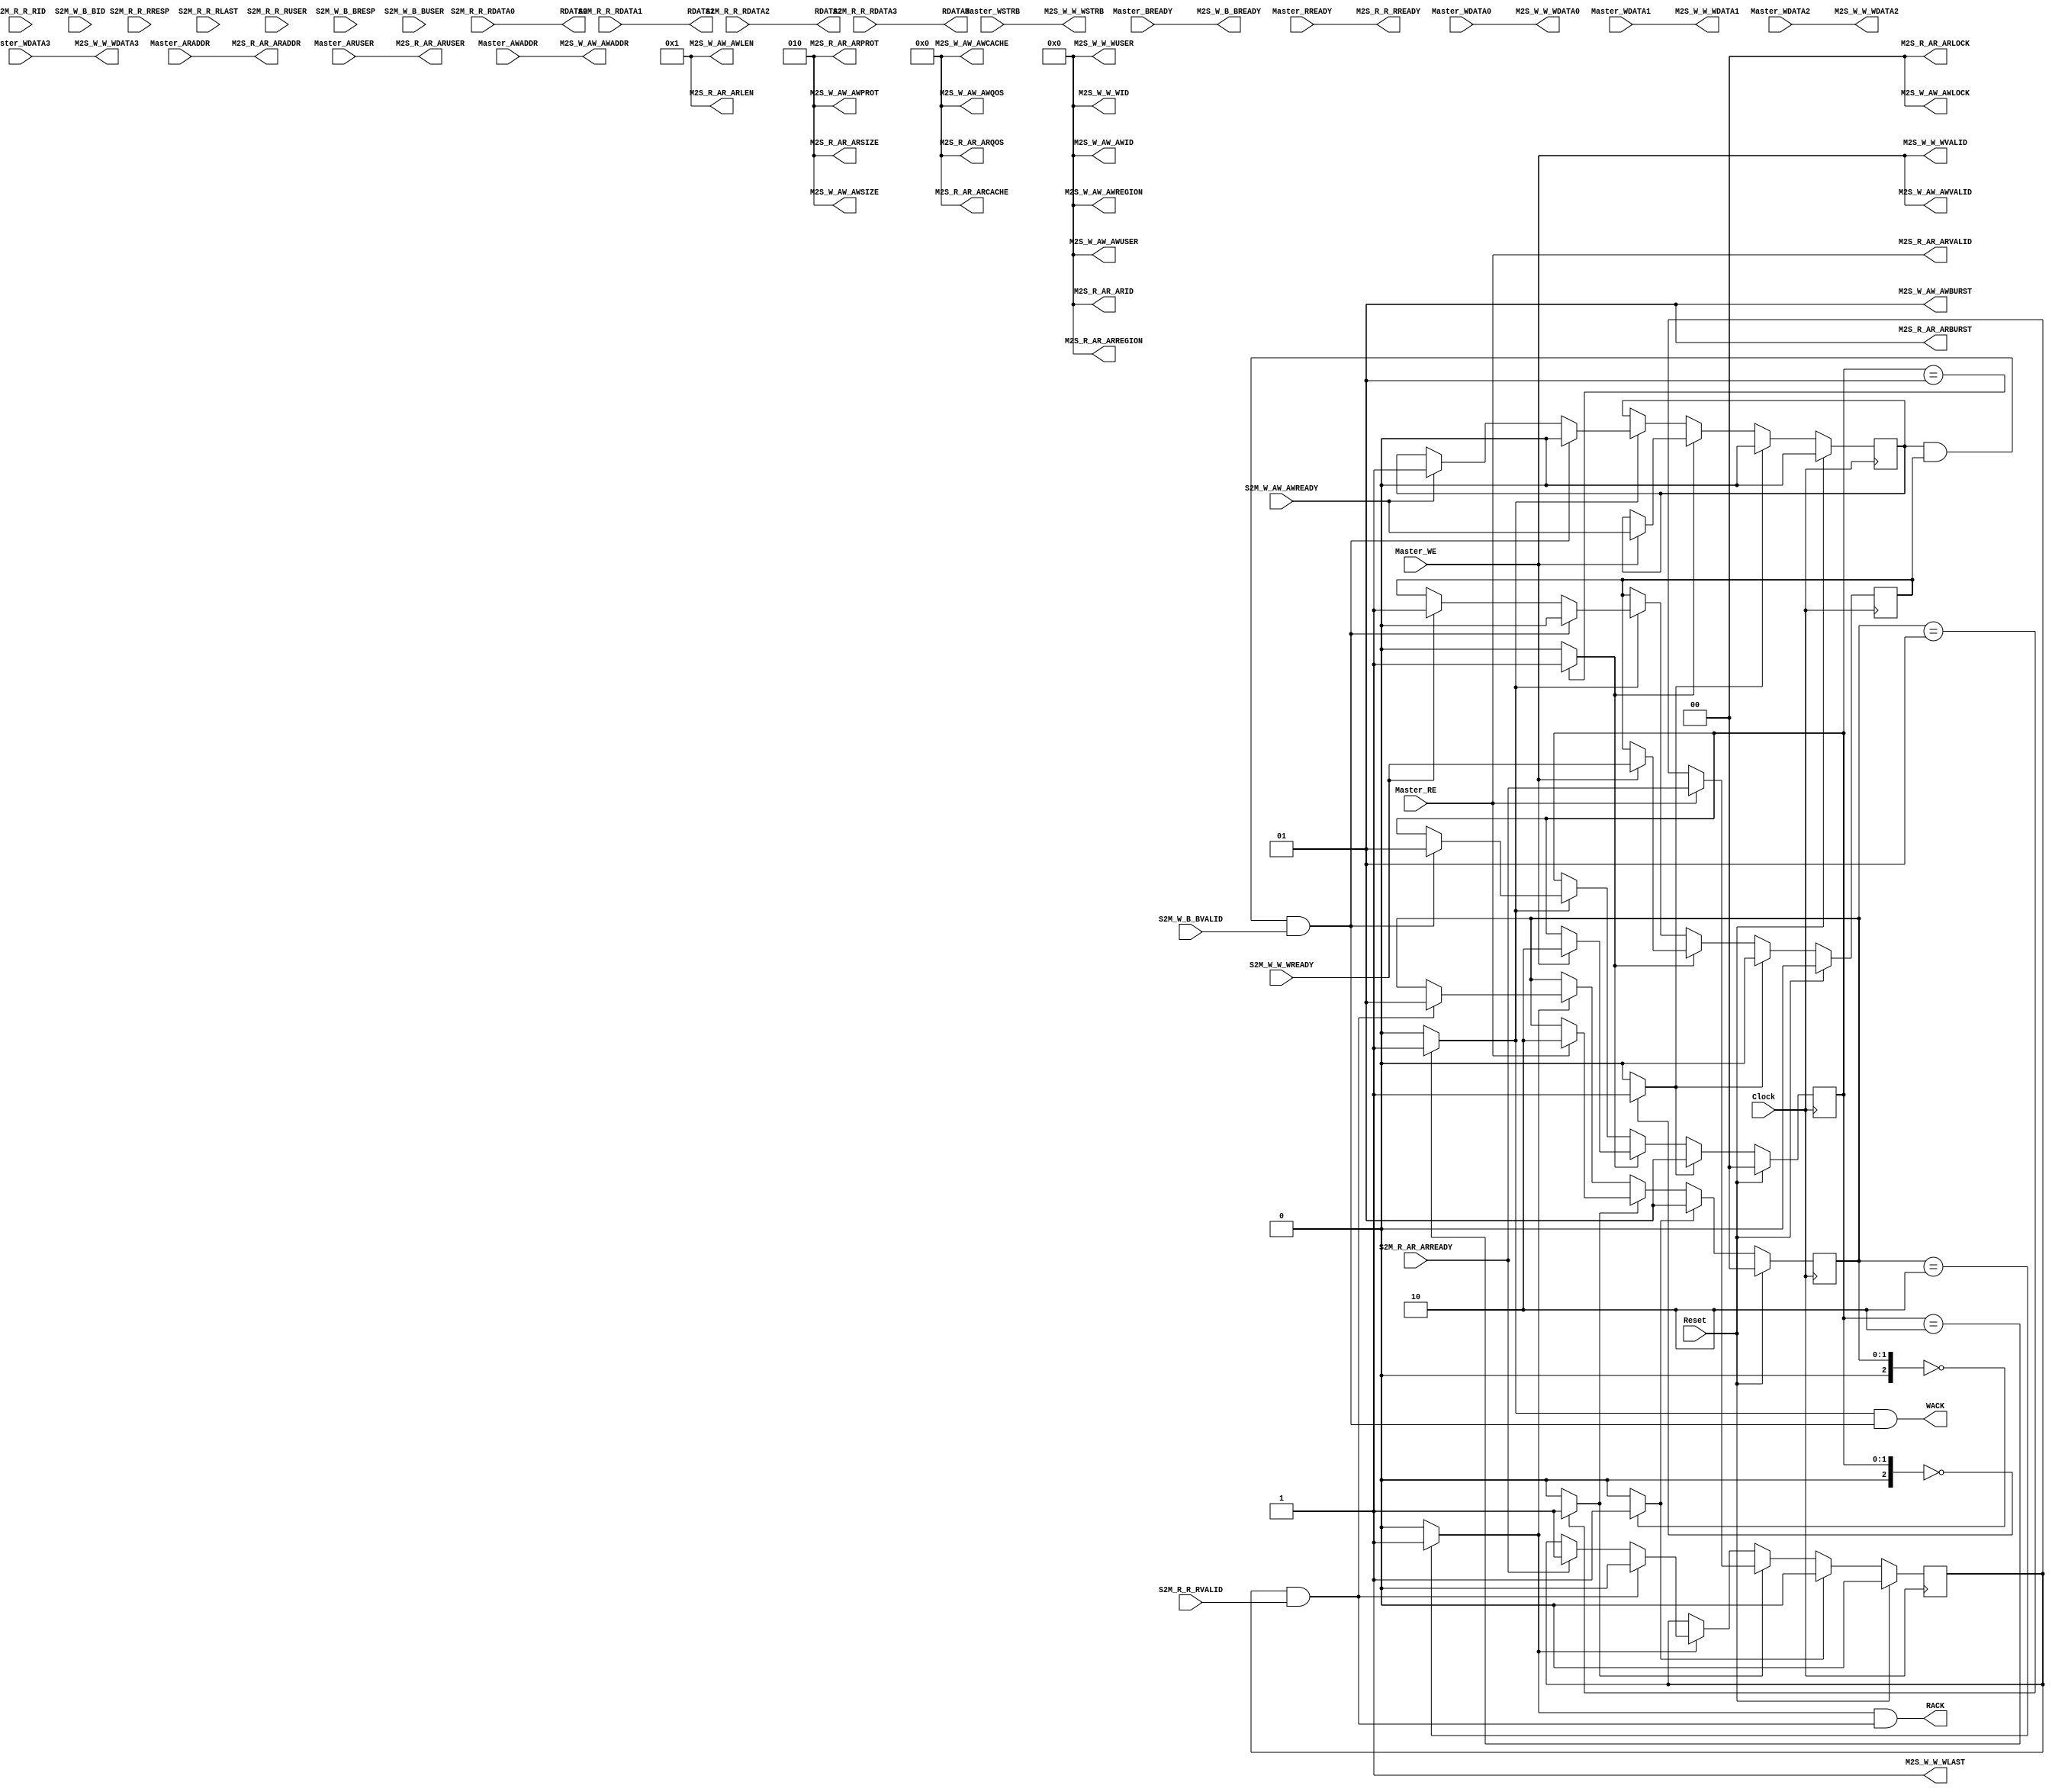
`timescale 1ns/1ps
`default_nettype none
// PLEASE READ THIS, IT MAY SAVE YOU SOME TIME AND MONEY, THANK YOU!
// * This file was generated by Quokka FPGA Toolkit.
// * Generated code is your property, do whatever you want with it
// * Place custom code between [BEGIN USER ***] and [END USER ***].
// * CAUTION: All code outside of [USER] scope is subject to regeneration.
// * Bad things happen sometimes in developer's life,
//   it is recommended to use source control management software (e.g. git, bzr etc) to keep your custom code safe'n'sound.
// * Internal structure of code is subject to change.
//   You can use some of signals in custom code, but most likely they will not exist in future (e.g. will get shorter or gone completely)
// * Please send your feedback, comments, improvement ideas etc. to evmuryshkin@gmail.com
// * Visit https://github.com/EvgenyMuryshkin/QuokkaEvaluation to access latest version of playground
//
// DISCLAIMER:
//   Code comes AS-IS, it is your responsibility to make sure it is working as expected
//   no responsibility will be taken for any loss or damage caused by use of Quokka toolkit.
//
// System configuration name is AXI4MasterModuleB4_TopLevel, clock frequency is 1Hz, Top-level
// FSM summary
// -- Packages
module AXI4MasterModuleB4_TopLevel
(
	// [BEGIN USER PORTS]
	// [END USER PORTS]
	input wire Clock,
	input wire Reset,
	input wire [31:0] Master_ARADDR,
	input wire [7:0] Master_ARUSER,
	input wire [31:0] Master_AWADDR,
	input wire Master_BREADY,
	input wire Master_RE,
	input wire Master_RREADY,
	input wire [7:0] Master_WDATA0,
	input wire [7:0] Master_WDATA1,
	input wire [7:0] Master_WDATA2,
	input wire [7:0] Master_WDATA3,
	input wire Master_WE,
	input wire [3:0] Master_WSTRB,
	input wire S2M_R_AR_ARREADY,
	input wire [7:0] S2M_R_R_RID,
	input wire [7:0] S2M_R_R_RDATA0,
	input wire [7:0] S2M_R_R_RDATA1,
	input wire [7:0] S2M_R_R_RDATA2,
	input wire [7:0] S2M_R_R_RDATA3,
	input wire [1:0] S2M_R_R_RRESP,
	input wire S2M_R_R_RLAST,
	input wire [7:0] S2M_R_R_RUSER,
	input wire S2M_R_R_RVALID,
	input wire S2M_W_AW_AWREADY,
	input wire [7:0] S2M_W_B_BID,
	input wire [1:0] S2M_W_B_BRESP,
	input wire [7:0] S2M_W_B_BUSER,
	input wire S2M_W_B_BVALID,
	input wire S2M_W_W_WREADY,
	output wire [7:0] M2S_R_AR_ARID,
	output wire [31:0] M2S_R_AR_ARADDR,
	output wire [7:0] M2S_R_AR_ARLEN,
	output wire [2:0] M2S_R_AR_ARSIZE,
	output wire [1:0] M2S_R_AR_ARBURST,
	output wire [1:0] M2S_R_AR_ARLOCK,
	output wire [3:0] M2S_R_AR_ARCACHE,
	output wire [2:0] M2S_R_AR_ARPROT,
	output wire [3:0] M2S_R_AR_ARQOS,
	output wire [7:0] M2S_R_AR_ARREGION,
	output wire [7:0] M2S_R_AR_ARUSER,
	output wire M2S_R_AR_ARVALID,
	output wire M2S_R_R_RREADY,
	output wire [7:0] M2S_W_AW_AWID,
	output wire [31:0] M2S_W_AW_AWADDR,
	output wire [7:0] M2S_W_AW_AWLEN,
	output wire [2:0] M2S_W_AW_AWSIZE,
	output wire [1:0] M2S_W_AW_AWBURST,
	output wire [1:0] M2S_W_AW_AWLOCK,
	output wire [3:0] M2S_W_AW_AWCACHE,
	output wire [2:0] M2S_W_AW_AWPROT,
	output wire [3:0] M2S_W_AW_AWQOS,
	output wire [7:0] M2S_W_AW_AWREGION,
	output wire [7:0] M2S_W_AW_AWUSER,
	output wire M2S_W_AW_AWVALID,
	output wire [7:0] M2S_W_W_WID,
	output wire [7:0] M2S_W_W_WDATA0,
	output wire [7:0] M2S_W_W_WDATA1,
	output wire [7:0] M2S_W_W_WDATA2,
	output wire [7:0] M2S_W_W_WDATA3,
	output wire [3:0] M2S_W_W_WSTRB,
	output wire M2S_W_W_WLAST,
	output wire [7:0] M2S_W_W_WUSER,
	output wire M2S_W_W_WVALID,
	output wire M2S_W_B_BREADY,
	output wire RACK,
	output wire [7:0] RDATA0,
	output wire [7:0] RDATA1,
	output wire [7:0] RDATA2,
	output wire [7:0] RDATA3,
	output wire WACK
);
	// [BEGIN USER SIGNALS]
	// [END USER SIGNALS]
	localparam HiSignal = 1'b1;
	localparam LoSignal = 1'b0;
	wire Zero = 1'b0;
	wire One = 1'b1;
	wire true = 1'b1;
	wire false = 1'b0;
	wire [1: 0] size = 2'b10;
	wire [1: 0] AXI4MasterModule_L128F9L185T10_AXI4MasterModule_L129F13L153T14_AXI4MasterModule_L131F22T44_Expr = 2'b00;
	wire [1: 0] AXI4MasterModule_L128F9L185T10_AXI4MasterModule_L129F13L153T14_AXI4MasterModule_L132F21T32_AXI4MasterModule_L115F9L118T10_AXI4MasterModule_L116F33T54_Expr = 2'b01;
	wire AXI4MasterModule_L128F9L185T10_AXI4MasterModule_L129F13L153T14_AXI4MasterModule_L132F21T32_AXI4MasterModule_L115F9L118T10_AXI4MasterModule_L117F36T41_Expr = 1'b0;
	wire [1: 0] AXI4MasterModule_L128F9L185T10_AXI4MasterModule_L129F13L153T14_AXI4MasterModule_L134F22T43_Expr = 2'b01;
	wire [1: 0] AXI4MasterModule_L128F9L185T10_AXI4MasterModule_L129F13L153T14_AXI4MasterModule_L136F21L139T22_AXI4MasterModule_L137F45T64_Expr = 2'b10;
	wire [1: 0] AXI4MasterModule_L128F9L185T10_AXI4MasterModule_L129F13L153T14_AXI4MasterModule_L141F22T41_Expr = 2'b10;
	wire AXI4MasterModule_L128F9L185T10_AXI4MasterModule_L129F13L153T14_AXI4MasterModule_L143F21L145T22_AXI4MasterModule_L144F48T52_Expr = 1'b1;
	wire [1: 0] AXI4MasterModule_L128F9L185T10_AXI4MasterModule_L129F13L153T14_AXI4MasterModule_L148F21L150T22_AXI4MasterModule_L149F25T36_AXI4MasterModule_L115F9L118T10_AXI4MasterModule_L116F33T54_Expr = 2'b01;
	wire AXI4MasterModule_L128F9L185T10_AXI4MasterModule_L129F13L153T14_AXI4MasterModule_L148F21L150T22_AXI4MasterModule_L149F25T36_AXI4MasterModule_L115F9L118T10_AXI4MasterModule_L117F36T41_Expr = 1'b0;
	wire [1: 0] AXI4MasterModule_L128F9L185T10_AXI4MasterModule_L155F13L184T14_AXI4MasterModule_L157F22T45_Expr = 2'b00;
	wire [1: 0] AXI4MasterModule_L128F9L185T10_AXI4MasterModule_L155F13L184T14_AXI4MasterModule_L158F21T33_AXI4MasterModule_L121F9L125T10_AXI4MasterModule_L122F34T56_Expr = 2'b01;
	wire AXI4MasterModule_L128F9L185T10_AXI4MasterModule_L155F13L184T14_AXI4MasterModule_L158F21T33_AXI4MasterModule_L121F9L125T10_AXI4MasterModule_L123F36T41_Expr = 1'b0;
	wire AXI4MasterModule_L128F9L185T10_AXI4MasterModule_L155F13L184T14_AXI4MasterModule_L158F21T33_AXI4MasterModule_L121F9L125T10_AXI4MasterModule_L124F35T40_Expr = 1'b0;
	wire [1: 0] AXI4MasterModule_L128F9L185T10_AXI4MasterModule_L155F13L184T14_AXI4MasterModule_L160F22T44_Expr = 2'b01;
	wire [1: 0] AXI4MasterModule_L128F9L185T10_AXI4MasterModule_L155F13L184T14_AXI4MasterModule_L162F21L166T22_AXI4MasterModule_L163F46T66_Expr = 2'b10;
	wire [1: 0] AXI4MasterModule_L128F9L185T10_AXI4MasterModule_L155F13L184T14_AXI4MasterModule_L168F22T42_Expr = 2'b10;
	wire AXI4MasterModule_L128F9L185T10_AXI4MasterModule_L155F13L184T14_AXI4MasterModule_L170F21L172T22_AXI4MasterModule_L171F48T52_Expr = 1'b1;
	wire AXI4MasterModule_L128F9L185T10_AXI4MasterModule_L155F13L184T14_AXI4MasterModule_L175F21L177T22_AXI4MasterModule_L176F47T51_Expr = 1'b1;
	wire [1: 0] AXI4MasterModule_L128F9L185T10_AXI4MasterModule_L155F13L184T14_AXI4MasterModule_L180F21L182T22_AXI4MasterModule_L181F25T37_AXI4MasterModule_L121F9L125T10_AXI4MasterModule_L122F34T56_Expr = 2'b01;
	wire AXI4MasterModule_L128F9L185T10_AXI4MasterModule_L155F13L184T14_AXI4MasterModule_L180F21L182T22_AXI4MasterModule_L181F25T37_AXI4MasterModule_L121F9L125T10_AXI4MasterModule_L123F36T41_Expr = 1'b0;
	wire AXI4MasterModule_L128F9L185T10_AXI4MasterModule_L155F13L184T14_AXI4MasterModule_L180F21L182T22_AXI4MasterModule_L181F25T37_AXI4MasterModule_L121F9L125T10_AXI4MasterModule_L124F35T40_Expr = 1'b0;
	wire AXI4_M_AR_L18F28T29_Expr = 1'b0;
	wire AXI4_M_AR_L24F29T30_Expr = 1'b1;
	wire [2: 0] AXI4_M_AR_L27F33T43_Expr = 3'b010;
	wire [1: 0] AXI4_M_AR_L30F35T48_Expr = 2'b01;
	wire [1: 0] AXI4_M_AR_L33F33T47_Expr = 2'b00;
	wire [3: 0] AXI4_M_AR_L36F35T63_Expr = 4'b0000;
	wire [2: 0] AXI4_M_AR_L39F33T66_Expr = 3'b010;
	wire [3: 0] AXI4_M_AR_L42F31T44_Expr = 4'b0000;
	wire AXI4_M_AR_L45F32T33_Expr = 1'b0;
	wire AXI4_M_AW_L17F28T29_Expr = 1'b0;
	wire AXI4_M_AW_L23F29T30_Expr = 1'b1;
	wire [2: 0] AXI4_M_AW_L26F33T43_Expr = 3'b010;
	wire [1: 0] AXI4_M_AW_L29F35T48_Expr = 2'b01;
	wire [1: 0] AXI4_M_AW_L32F33T47_Expr = 2'b00;
	wire [3: 0] AXI4_M_AW_L35F35T63_Expr = 4'b0000;
	wire [2: 0] AXI4_M_AW_L38F33T66_Expr = 3'b010;
	wire [3: 0] AXI4_M_AW_L41F31T44_Expr = 4'b0000;
	wire AXI4_M_AW_L44F32T33_Expr = 1'b0;
	wire AXI4_M_AW_L47F30T31_Expr = 1'b0;
	wire AXI4MasterModule_L102F27T28_Expr = 1'b0;
	wire AXI4_M_W_L24F29T33_Expr = 1'b1;
	wire AXI4_M_W_L27F29T30_Expr = 1'b0;
	wire [1: 0] AXI4MasterModule_L73F46T65_Expr = 2'b10;
	wire [1: 0] AXI4MasterModule_L76F47T67_Expr = 2'b10;
	wire [31: 0] Inputs_Master_ARADDR;
	wire [7: 0] Inputs_Master_ARUSER;
	wire [31: 0] Inputs_Master_AWADDR;
	wire Inputs_Master_BREADY;
	wire Inputs_Master_RE;
	wire Inputs_Master_RREADY;
	wire Inputs_Master_WE;
	wire [3: 0] Inputs_Master_WSTRB;
	wire Inputs_S2M_R_AR_ARREADY;
	wire [7: 0] Inputs_S2M_R_R_RID;
	wire [1: 0] Inputs_S2M_R_R_RRESP;
	wire Inputs_S2M_R_R_RLAST;
	wire [7: 0] Inputs_S2M_R_R_RUSER;
	wire Inputs_S2M_R_R_RVALID;
	wire Inputs_S2M_W_AW_AWREADY;
	wire [7: 0] Inputs_S2M_W_B_BID;
	wire [1: 0] Inputs_S2M_W_B_BRESP;
	wire [7: 0] Inputs_S2M_W_B_BUSER;
	wire Inputs_S2M_W_B_BVALID;
	wire Inputs_S2M_W_W_WREADY;
	reg NextState_ARREADYACK;
	reg NextState_AWREADYACK;
	reg [1: 0] NextState_readFSM;
	reg NextState_WREADYACK;
	reg [1: 0] NextState_writeFSM;
	wire readAck;
	wire writeAck;
	reg State_ARREADYACK = 1'b0;
	wire State_ARREADYACKDefault = 1'b0;
	reg State_AWREADYACK = 1'b0;
	wire State_AWREADYACKDefault = 1'b0;
	reg [1: 0] State_readFSM = 2'b00;
	wire [1: 0] State_readFSMDefault = 2'b00;
	reg State_WREADYACK = 1'b0;
	wire State_WREADYACKDefault = 1'b0;
	reg [1: 0] State_writeFSM = 2'b00;
	wire [1: 0] State_writeFSMDefault = 2'b00;
	wire AXI4MasterModule_L70F25T66_Expr;
	wire AXI4MasterModule_L70F25T66_Expr_1;
	wire AXI4MasterModule_L70F25T66_Expr_2;
	wire AXI4MasterModule_L71F26T86_Expr;
	wire AXI4MasterModule_L71F26T86_Expr_1;
	wire AXI4MasterModule_L71F26T86_Expr_2;
	wire AXI4MasterModule_L71F26T61_Expr;
	wire AXI4MasterModule_L71F26T61_Expr_1;
	wire AXI4MasterModule_L71F26T61_Expr_2;
	wire AXI4MasterModule_L73F29T76_Expr;
	wire AXI4MasterModule_L73F29T76_Expr_1;
	wire AXI4MasterModule_L73F29T76_Expr_2;
	wire AXI4MasterModule_L76F29T79_Expr;
	wire AXI4MasterModule_L76F29T79_Expr_1;
	wire AXI4MasterModule_L76F29T79_Expr_2;
	wire AXI4MasterModule_L128F9L185T10_AXI4MasterModule_L129F13L153T14_AXI4MasterModule_L131F17L133T27_Case;
	wire signed [2: 0] AXI4MasterModule_L128F9L185T10_AXI4MasterModule_L129F13L153T14_AXI4MasterModule_L131F17L133T27_CaseLhs;
	wire signed [2: 0] AXI4MasterModule_L128F9L185T10_AXI4MasterModule_L129F13L153T14_AXI4MasterModule_L131F17L133T27_CaseRhs;
	wire AXI4MasterModule_L128F9L185T10_AXI4MasterModule_L129F13L153T14_AXI4MasterModule_L134F17L140T27_Case;
	wire signed [2: 0] AXI4MasterModule_L128F9L185T10_AXI4MasterModule_L129F13L153T14_AXI4MasterModule_L134F17L140T27_CaseLhs;
	wire signed [2: 0] AXI4MasterModule_L128F9L185T10_AXI4MasterModule_L129F13L153T14_AXI4MasterModule_L134F17L140T27_CaseRhs;
	wire AXI4MasterModule_L128F9L185T10_AXI4MasterModule_L129F13L153T14_AXI4MasterModule_L141F17L152T27_Case;
	wire signed [2: 0] AXI4MasterModule_L128F9L185T10_AXI4MasterModule_L129F13L153T14_AXI4MasterModule_L141F17L152T27_CaseLhs;
	wire signed [2: 0] AXI4MasterModule_L128F9L185T10_AXI4MasterModule_L129F13L153T14_AXI4MasterModule_L141F17L152T27_CaseRhs;
	wire AXI4MasterModule_L128F9L185T10_AXI4MasterModule_L155F13L184T14_AXI4MasterModule_L157F17L159T27_Case;
	wire signed [2: 0] AXI4MasterModule_L128F9L185T10_AXI4MasterModule_L155F13L184T14_AXI4MasterModule_L157F17L159T27_CaseLhs;
	wire signed [2: 0] AXI4MasterModule_L128F9L185T10_AXI4MasterModule_L155F13L184T14_AXI4MasterModule_L157F17L159T27_CaseRhs;
	wire AXI4MasterModule_L128F9L185T10_AXI4MasterModule_L155F13L184T14_AXI4MasterModule_L160F17L167T27_Case;
	wire signed [2: 0] AXI4MasterModule_L128F9L185T10_AXI4MasterModule_L155F13L184T14_AXI4MasterModule_L160F17L167T27_CaseLhs;
	wire signed [2: 0] AXI4MasterModule_L128F9L185T10_AXI4MasterModule_L155F13L184T14_AXI4MasterModule_L160F17L167T27_CaseRhs;
	wire AXI4MasterModule_L128F9L185T10_AXI4MasterModule_L155F13L184T14_AXI4MasterModule_L168F17L183T27_Case;
	wire signed [2: 0] AXI4MasterModule_L128F9L185T10_AXI4MasterModule_L155F13L184T14_AXI4MasterModule_L168F17L183T27_CaseLhs;
	wire signed [2: 0] AXI4MasterModule_L128F9L185T10_AXI4MasterModule_L155F13L184T14_AXI4MasterModule_L168F17L183T27_CaseRhs;
	wire AXI4MasterModule_L73F29T65_Expr;
	wire signed [2: 0] AXI4MasterModule_L73F29T65_ExprLhs;
	wire signed [2: 0] AXI4MasterModule_L73F29T65_ExprRhs;
	wire AXI4MasterModule_L76F29T67_Expr;
	wire signed [2: 0] AXI4MasterModule_L76F29T67_ExprLhs;
	wire signed [2: 0] AXI4MasterModule_L76F29T67_ExprRhs;
	wire [7 : 0] Inputs_Master_WDATA [0 : 3];
	wire [7 : 0] Inputs_S2M_R_R_RDATA [0 : 3];
	always @ (posedge Clock)
	begin
		if ((Reset == 1))
		begin
			State_ARREADYACK <= State_ARREADYACKDefault;
			State_AWREADYACK <= State_AWREADYACKDefault;
			State_readFSM <= State_readFSMDefault;
			State_WREADYACK <= State_WREADYACKDefault;
			State_writeFSM <= State_writeFSMDefault;
		end
		else
		begin
			State_ARREADYACK <= NextState_ARREADYACK;
			State_AWREADYACK <= NextState_AWREADYACK;
			State_readFSM <= NextState_readFSM;
			State_WREADYACK <= NextState_WREADYACK;
			State_writeFSM <= NextState_writeFSM;
		end
	end
	assign AXI4MasterModule_L128F9L185T10_AXI4MasterModule_L129F13L153T14_AXI4MasterModule_L131F17L133T27_Case = AXI4MasterModule_L128F9L185T10_AXI4MasterModule_L129F13L153T14_AXI4MasterModule_L131F17L133T27_CaseLhs == AXI4MasterModule_L128F9L185T10_AXI4MasterModule_L129F13L153T14_AXI4MasterModule_L131F17L133T27_CaseRhs ? 1'b1 : 1'b0;
	assign AXI4MasterModule_L128F9L185T10_AXI4MasterModule_L129F13L153T14_AXI4MasterModule_L134F17L140T27_Case = AXI4MasterModule_L128F9L185T10_AXI4MasterModule_L129F13L153T14_AXI4MasterModule_L134F17L140T27_CaseLhs == AXI4MasterModule_L128F9L185T10_AXI4MasterModule_L129F13L153T14_AXI4MasterModule_L134F17L140T27_CaseRhs ? 1'b1 : 1'b0;
	assign AXI4MasterModule_L128F9L185T10_AXI4MasterModule_L129F13L153T14_AXI4MasterModule_L141F17L152T27_Case = AXI4MasterModule_L128F9L185T10_AXI4MasterModule_L129F13L153T14_AXI4MasterModule_L141F17L152T27_CaseLhs == AXI4MasterModule_L128F9L185T10_AXI4MasterModule_L129F13L153T14_AXI4MasterModule_L141F17L152T27_CaseRhs ? 1'b1 : 1'b0;
	assign AXI4MasterModule_L128F9L185T10_AXI4MasterModule_L155F13L184T14_AXI4MasterModule_L157F17L159T27_Case = AXI4MasterModule_L128F9L185T10_AXI4MasterModule_L155F13L184T14_AXI4MasterModule_L157F17L159T27_CaseLhs == AXI4MasterModule_L128F9L185T10_AXI4MasterModule_L155F13L184T14_AXI4MasterModule_L157F17L159T27_CaseRhs ? 1'b1 : 1'b0;
	assign AXI4MasterModule_L128F9L185T10_AXI4MasterModule_L155F13L184T14_AXI4MasterModule_L160F17L167T27_Case = AXI4MasterModule_L128F9L185T10_AXI4MasterModule_L155F13L184T14_AXI4MasterModule_L160F17L167T27_CaseLhs == AXI4MasterModule_L128F9L185T10_AXI4MasterModule_L155F13L184T14_AXI4MasterModule_L160F17L167T27_CaseRhs ? 1'b1 : 1'b0;
	assign AXI4MasterModule_L128F9L185T10_AXI4MasterModule_L155F13L184T14_AXI4MasterModule_L168F17L183T27_Case = AXI4MasterModule_L128F9L185T10_AXI4MasterModule_L155F13L184T14_AXI4MasterModule_L168F17L183T27_CaseLhs == AXI4MasterModule_L128F9L185T10_AXI4MasterModule_L155F13L184T14_AXI4MasterModule_L168F17L183T27_CaseRhs ? 1'b1 : 1'b0;
	assign AXI4MasterModule_L73F29T65_Expr = AXI4MasterModule_L73F29T65_ExprLhs == AXI4MasterModule_L73F29T65_ExprRhs ? 1'b1 : 1'b0;
	assign AXI4MasterModule_L76F29T67_Expr = AXI4MasterModule_L76F29T67_ExprLhs == AXI4MasterModule_L76F29T67_ExprRhs ? 1'b1 : 1'b0;
	assign AXI4MasterModule_L70F25T66_Expr = AXI4MasterModule_L70F25T66_Expr_1 & AXI4MasterModule_L70F25T66_Expr_2;
	assign AXI4MasterModule_L71F26T86_Expr = AXI4MasterModule_L71F26T86_Expr_1 & AXI4MasterModule_L71F26T86_Expr_2;
	assign AXI4MasterModule_L71F26T61_Expr = AXI4MasterModule_L71F26T61_Expr_1 & AXI4MasterModule_L71F26T61_Expr_2;
	assign AXI4MasterModule_L73F29T76_Expr = AXI4MasterModule_L73F29T76_Expr_1 & AXI4MasterModule_L73F29T76_Expr_2;
	assign AXI4MasterModule_L76F29T79_Expr = AXI4MasterModule_L76F29T79_Expr_1 & AXI4MasterModule_L76F29T79_Expr_2;
	always @ (*)
	begin
		NextState_ARREADYACK = State_ARREADYACK;
		NextState_AWREADYACK = State_AWREADYACK;
		NextState_readFSM = State_readFSM;
		NextState_WREADYACK = State_WREADYACK;
		NextState_writeFSM = State_writeFSM;
		if ((AXI4MasterModule_L128F9L185T10_AXI4MasterModule_L129F13L153T14_AXI4MasterModule_L131F17L133T27_Case == 1))
		begin
			NextState_readFSM = AXI4MasterModule_L128F9L185T10_AXI4MasterModule_L129F13L153T14_AXI4MasterModule_L132F21T32_AXI4MasterModule_L115F9L118T10_AXI4MasterModule_L116F33T54_Expr;
			NextState_ARREADYACK = AXI4MasterModule_L128F9L185T10_AXI4MasterModule_L129F13L153T14_AXI4MasterModule_L132F21T32_AXI4MasterModule_L115F9L118T10_AXI4MasterModule_L117F36T41_Expr;
		end
		else if ((AXI4MasterModule_L128F9L185T10_AXI4MasterModule_L129F13L153T14_AXI4MasterModule_L134F17L140T27_Case == 1))
		begin
			if ((Inputs_Master_RE == 1))
			begin
				NextState_readFSM = AXI4MasterModule_L128F9L185T10_AXI4MasterModule_L129F13L153T14_AXI4MasterModule_L136F21L139T22_AXI4MasterModule_L137F45T64_Expr;
				NextState_ARREADYACK = Inputs_S2M_R_AR_ARREADY;
			end
		end
		else if ((AXI4MasterModule_L128F9L185T10_AXI4MasterModule_L129F13L153T14_AXI4MasterModule_L141F17L152T27_Case == 1))
		begin
			if ((Inputs_S2M_R_AR_ARREADY == 1))
			begin
				NextState_ARREADYACK = AXI4MasterModule_L128F9L185T10_AXI4MasterModule_L129F13L153T14_AXI4MasterModule_L143F21L145T22_AXI4MasterModule_L144F48T52_Expr;
			end
			if ((readAck == 1))
			begin
				NextState_readFSM = AXI4MasterModule_L128F9L185T10_AXI4MasterModule_L129F13L153T14_AXI4MasterModule_L148F21L150T22_AXI4MasterModule_L149F25T36_AXI4MasterModule_L115F9L118T10_AXI4MasterModule_L116F33T54_Expr;
				NextState_ARREADYACK = AXI4MasterModule_L128F9L185T10_AXI4MasterModule_L129F13L153T14_AXI4MasterModule_L148F21L150T22_AXI4MasterModule_L149F25T36_AXI4MasterModule_L115F9L118T10_AXI4MasterModule_L117F36T41_Expr;
			end
		end
		if ((AXI4MasterModule_L128F9L185T10_AXI4MasterModule_L155F13L184T14_AXI4MasterModule_L157F17L159T27_Case == 1))
		begin
			NextState_writeFSM = AXI4MasterModule_L128F9L185T10_AXI4MasterModule_L155F13L184T14_AXI4MasterModule_L158F21T33_AXI4MasterModule_L121F9L125T10_AXI4MasterModule_L122F34T56_Expr;
			NextState_AWREADYACK = AXI4MasterModule_L128F9L185T10_AXI4MasterModule_L155F13L184T14_AXI4MasterModule_L158F21T33_AXI4MasterModule_L121F9L125T10_AXI4MasterModule_L123F36T41_Expr;
			NextState_WREADYACK = AXI4MasterModule_L128F9L185T10_AXI4MasterModule_L155F13L184T14_AXI4MasterModule_L158F21T33_AXI4MasterModule_L121F9L125T10_AXI4MasterModule_L124F35T40_Expr;
		end
		else if ((AXI4MasterModule_L128F9L185T10_AXI4MasterModule_L155F13L184T14_AXI4MasterModule_L160F17L167T27_Case == 1))
		begin
			if ((Inputs_Master_WE == 1))
			begin
				NextState_writeFSM = AXI4MasterModule_L128F9L185T10_AXI4MasterModule_L155F13L184T14_AXI4MasterModule_L162F21L166T22_AXI4MasterModule_L163F46T66_Expr;
				NextState_AWREADYACK = Inputs_S2M_W_AW_AWREADY;
				NextState_WREADYACK = Inputs_S2M_W_W_WREADY;
			end
		end
		else if ((AXI4MasterModule_L128F9L185T10_AXI4MasterModule_L155F13L184T14_AXI4MasterModule_L168F17L183T27_Case == 1))
		begin
			if ((Inputs_S2M_W_AW_AWREADY == 1))
			begin
				NextState_AWREADYACK = AXI4MasterModule_L128F9L185T10_AXI4MasterModule_L155F13L184T14_AXI4MasterModule_L170F21L172T22_AXI4MasterModule_L171F48T52_Expr;
			end
			if ((Inputs_S2M_W_W_WREADY == 1))
			begin
				NextState_WREADYACK = AXI4MasterModule_L128F9L185T10_AXI4MasterModule_L155F13L184T14_AXI4MasterModule_L175F21L177T22_AXI4MasterModule_L176F47T51_Expr;
			end
			if ((writeAck == 1))
			begin
				NextState_writeFSM = AXI4MasterModule_L128F9L185T10_AXI4MasterModule_L155F13L184T14_AXI4MasterModule_L180F21L182T22_AXI4MasterModule_L181F25T37_AXI4MasterModule_L121F9L125T10_AXI4MasterModule_L122F34T56_Expr;
				NextState_AWREADYACK = AXI4MasterModule_L128F9L185T10_AXI4MasterModule_L155F13L184T14_AXI4MasterModule_L180F21L182T22_AXI4MasterModule_L181F25T37_AXI4MasterModule_L121F9L125T10_AXI4MasterModule_L123F36T41_Expr;
				NextState_WREADYACK = AXI4MasterModule_L128F9L185T10_AXI4MasterModule_L155F13L184T14_AXI4MasterModule_L180F21L182T22_AXI4MasterModule_L181F25T37_AXI4MasterModule_L121F9L125T10_AXI4MasterModule_L124F35T40_Expr;
			end
		end
	end
	assign AXI4MasterModule_L128F9L185T10_AXI4MasterModule_L129F13L153T14_AXI4MasterModule_L131F17L133T27_CaseLhs = {
		1'b0,
		State_readFSM
	}
	;
	assign AXI4MasterModule_L128F9L185T10_AXI4MasterModule_L129F13L153T14_AXI4MasterModule_L131F17L133T27_CaseRhs = {
		1'b0,
		AXI4MasterModule_L128F9L185T10_AXI4MasterModule_L129F13L153T14_AXI4MasterModule_L131F22T44_Expr
	}
	;
	assign AXI4MasterModule_L128F9L185T10_AXI4MasterModule_L129F13L153T14_AXI4MasterModule_L134F17L140T27_CaseLhs = {
		1'b0,
		State_readFSM
	}
	;
	assign AXI4MasterModule_L128F9L185T10_AXI4MasterModule_L129F13L153T14_AXI4MasterModule_L134F17L140T27_CaseRhs = {
		1'b0,
		AXI4MasterModule_L128F9L185T10_AXI4MasterModule_L129F13L153T14_AXI4MasterModule_L134F22T43_Expr
	}
	;
	assign AXI4MasterModule_L128F9L185T10_AXI4MasterModule_L129F13L153T14_AXI4MasterModule_L141F17L152T27_CaseLhs = {
		1'b0,
		State_readFSM
	}
	;
	assign AXI4MasterModule_L128F9L185T10_AXI4MasterModule_L129F13L153T14_AXI4MasterModule_L141F17L152T27_CaseRhs = {
		1'b0,
		AXI4MasterModule_L128F9L185T10_AXI4MasterModule_L129F13L153T14_AXI4MasterModule_L141F22T41_Expr
	}
	;
	assign AXI4MasterModule_L128F9L185T10_AXI4MasterModule_L155F13L184T14_AXI4MasterModule_L157F17L159T27_CaseLhs = {
		1'b0,
		State_writeFSM
	}
	;
	assign AXI4MasterModule_L128F9L185T10_AXI4MasterModule_L155F13L184T14_AXI4MasterModule_L157F17L159T27_CaseRhs = {
		1'b0,
		AXI4MasterModule_L128F9L185T10_AXI4MasterModule_L155F13L184T14_AXI4MasterModule_L157F22T45_Expr
	}
	;
	assign AXI4MasterModule_L128F9L185T10_AXI4MasterModule_L155F13L184T14_AXI4MasterModule_L160F17L167T27_CaseLhs = {
		1'b0,
		State_writeFSM
	}
	;
	assign AXI4MasterModule_L128F9L185T10_AXI4MasterModule_L155F13L184T14_AXI4MasterModule_L160F17L167T27_CaseRhs = {
		1'b0,
		AXI4MasterModule_L128F9L185T10_AXI4MasterModule_L155F13L184T14_AXI4MasterModule_L160F22T44_Expr
	}
	;
	assign AXI4MasterModule_L128F9L185T10_AXI4MasterModule_L155F13L184T14_AXI4MasterModule_L168F17L183T27_CaseLhs = {
		1'b0,
		State_writeFSM
	}
	;
	assign AXI4MasterModule_L128F9L185T10_AXI4MasterModule_L155F13L184T14_AXI4MasterModule_L168F17L183T27_CaseRhs = {
		1'b0,
		AXI4MasterModule_L128F9L185T10_AXI4MasterModule_L155F13L184T14_AXI4MasterModule_L168F22T42_Expr
	}
	;
	assign AXI4MasterModule_L73F29T65_ExprLhs = {
		1'b0,
		State_readFSM
	}
	;
	assign AXI4MasterModule_L73F29T65_ExprRhs = {
		1'b0,
		AXI4MasterModule_L73F46T65_Expr
	}
	;
	assign AXI4MasterModule_L76F29T67_ExprLhs = {
		1'b0,
		State_writeFSM
	}
	;
	assign AXI4MasterModule_L76F29T67_ExprRhs = {
		1'b0,
		AXI4MasterModule_L76F47T67_Expr
	}
	;
	assign AXI4MasterModule_L70F25T66_Expr_1 = State_ARREADYACK;
	assign AXI4MasterModule_L70F25T66_Expr_2 = Inputs_S2M_R_R_RVALID;
	assign AXI4MasterModule_L71F26T86_Expr_1 = AXI4MasterModule_L71F26T61_Expr;
	assign AXI4MasterModule_L71F26T86_Expr_2 = Inputs_S2M_W_B_BVALID;
	assign AXI4MasterModule_L71F26T61_Expr_1 = State_AWREADYACK;
	assign AXI4MasterModule_L71F26T61_Expr_2 = State_WREADYACK;
	assign AXI4MasterModule_L73F29T76_Expr_1 = AXI4MasterModule_L73F29T65_Expr;
	assign AXI4MasterModule_L73F29T76_Expr_2 = readAck;
	assign AXI4MasterModule_L76F29T79_Expr_1 = AXI4MasterModule_L76F29T67_Expr;
	assign AXI4MasterModule_L76F29T79_Expr_2 = writeAck;
	assign Inputs_Master_ARADDR = Master_ARADDR;
	assign Inputs_Master_ARUSER = Master_ARUSER;
	assign Inputs_Master_AWADDR = Master_AWADDR;
	assign Inputs_Master_BREADY = Master_BREADY;
	assign Inputs_Master_RE = Master_RE;
	assign Inputs_Master_RREADY = Master_RREADY;
	assign Inputs_Master_WDATA[0] = Master_WDATA0;
	assign Inputs_Master_WDATA[1] = Master_WDATA1;
	assign Inputs_Master_WDATA[2] = Master_WDATA2;
	assign Inputs_Master_WDATA[3] = Master_WDATA3;
	assign Inputs_Master_WE = Master_WE;
	assign Inputs_Master_WSTRB = Master_WSTRB;
	assign Inputs_S2M_R_AR_ARREADY = S2M_R_AR_ARREADY;
	assign Inputs_S2M_R_R_RID = S2M_R_R_RID;
	assign Inputs_S2M_R_R_RDATA[0] = S2M_R_R_RDATA0;
	assign Inputs_S2M_R_R_RDATA[1] = S2M_R_R_RDATA1;
	assign Inputs_S2M_R_R_RDATA[2] = S2M_R_R_RDATA2;
	assign Inputs_S2M_R_R_RDATA[3] = S2M_R_R_RDATA3;
	assign Inputs_S2M_R_R_RRESP = S2M_R_R_RRESP;
	assign Inputs_S2M_R_R_RLAST = S2M_R_R_RLAST;
	assign Inputs_S2M_R_R_RUSER = S2M_R_R_RUSER;
	assign Inputs_S2M_R_R_RVALID = S2M_R_R_RVALID;
	assign Inputs_S2M_W_AW_AWREADY = S2M_W_AW_AWREADY;
	assign Inputs_S2M_W_B_BID = S2M_W_B_BID;
	assign Inputs_S2M_W_B_BRESP = S2M_W_B_BRESP;
	assign Inputs_S2M_W_B_BUSER = S2M_W_B_BUSER;
	assign Inputs_S2M_W_B_BVALID = S2M_W_B_BVALID;
	assign Inputs_S2M_W_W_WREADY = S2M_W_W_WREADY;
	assign readAck = AXI4MasterModule_L70F25T66_Expr;
	assign writeAck = AXI4MasterModule_L71F26T86_Expr;
	assign M2S_R_AR_ARID = {
		{7{1'b0}},
		AXI4_M_AR_L18F28T29_Expr
	}
	;
	assign M2S_R_AR_ARADDR = Inputs_Master_ARADDR;
	assign M2S_R_AR_ARLEN = {
		{7{1'b0}},
		AXI4_M_AR_L24F29T30_Expr
	}
	;
	assign M2S_R_AR_ARSIZE = AXI4_M_AR_L27F33T43_Expr;
	assign M2S_R_AR_ARBURST = AXI4_M_AR_L30F35T48_Expr;
	assign M2S_R_AR_ARLOCK = AXI4_M_AR_L33F33T47_Expr;
	assign M2S_R_AR_ARCACHE = AXI4_M_AR_L36F35T63_Expr;
	assign M2S_R_AR_ARPROT = AXI4_M_AR_L39F33T66_Expr;
	assign M2S_R_AR_ARQOS = AXI4_M_AR_L42F31T44_Expr;
	assign M2S_R_AR_ARREGION = {
		{7{1'b0}},
		AXI4_M_AR_L45F32T33_Expr
	}
	;
	assign M2S_R_AR_ARUSER = Inputs_Master_ARUSER;
	assign M2S_R_AR_ARVALID = Inputs_Master_RE;
	assign M2S_R_R_RREADY = Inputs_Master_RREADY;
	assign M2S_W_AW_AWID = {
		{7{1'b0}},
		AXI4_M_AW_L17F28T29_Expr
	}
	;
	assign M2S_W_AW_AWADDR = Inputs_Master_AWADDR;
	assign M2S_W_AW_AWLEN = {
		{7{1'b0}},
		AXI4_M_AW_L23F29T30_Expr
	}
	;
	assign M2S_W_AW_AWSIZE = AXI4_M_AW_L26F33T43_Expr;
	assign M2S_W_AW_AWBURST = AXI4_M_AW_L29F35T48_Expr;
	assign M2S_W_AW_AWLOCK = AXI4_M_AW_L32F33T47_Expr;
	assign M2S_W_AW_AWCACHE = AXI4_M_AW_L35F35T63_Expr;
	assign M2S_W_AW_AWPROT = AXI4_M_AW_L38F33T66_Expr;
	assign M2S_W_AW_AWQOS = AXI4_M_AW_L41F31T44_Expr;
	assign M2S_W_AW_AWREGION = {
		{7{1'b0}},
		AXI4_M_AW_L44F32T33_Expr
	}
	;
	assign M2S_W_AW_AWUSER = {
		{7{1'b0}},
		AXI4_M_AW_L47F30T31_Expr
	}
	;
	assign M2S_W_AW_AWVALID = Inputs_Master_WE;
	assign M2S_W_W_WID = {
		{7{1'b0}},
		AXI4MasterModule_L102F27T28_Expr
	}
	;
	assign M2S_W_W_WDATA0 = Inputs_Master_WDATA[0];
	assign M2S_W_W_WDATA1 = Inputs_Master_WDATA[1];
	assign M2S_W_W_WDATA2 = Inputs_Master_WDATA[2];
	assign M2S_W_W_WDATA3 = Inputs_Master_WDATA[3];
	assign M2S_W_W_WSTRB = Inputs_Master_WSTRB;
	assign M2S_W_W_WLAST = AXI4_M_W_L24F29T33_Expr;
	assign M2S_W_W_WUSER = {
		{7{1'b0}},
		AXI4_M_W_L27F29T30_Expr
	}
	;
	assign M2S_W_W_WVALID = Inputs_Master_WE;
	assign M2S_W_B_BREADY = Inputs_Master_BREADY;
	assign RACK = AXI4MasterModule_L73F29T76_Expr;
	assign RDATA0 = Inputs_S2M_R_R_RDATA[0];
	assign RDATA1 = Inputs_S2M_R_R_RDATA[1];
	assign RDATA2 = Inputs_S2M_R_R_RDATA[2];
	assign RDATA3 = Inputs_S2M_R_R_RDATA[3];
	assign WACK = AXI4MasterModule_L76F29T79_Expr;
	// [BEGIN USER ARCHITECTURE]
	// [END USER ARCHITECTURE]
endmodule